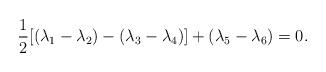
LaTeX: \begin{align*}\frac{1}{2}[(\lambda _{1}-\lambda _{2})-(\lambda _{3}-\lambda_{4})]+(\lambda _{5}-\lambda _{6})=0.\end{align*}